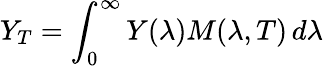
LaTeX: Y_{T}=\int_{0}^{\infty}Y(\lambda)M(\lambda,T)\, d\lambda